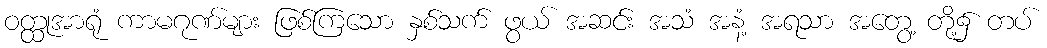
ဝတ္ထုအာရုံ ကာမဂုဏ်များ ဖြစ်ကြသော နှစ်သက် ဖွယ် အဆင်း အသံ အနံ့ အရသာ အတွေ့ တို့၌ တပ်